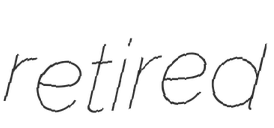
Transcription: retired